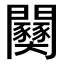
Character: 𫔫